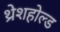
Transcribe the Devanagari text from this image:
थ्रेशहोल्ड